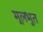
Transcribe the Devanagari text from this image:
मूलभुत